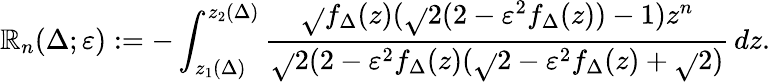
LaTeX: \mathbb{R}_{n}(\Delta;\varepsilon):=-\int_{z_{1}(\Delta)}^{z_{2}(\Delta)}\frac{{\sqrt{}{{f_{\Delta}(z)}}(\sqrt{}{{2(2-\varepsilon^{2}f_{\Delta}(z))}}-1)z^{n}}}{{\sqrt{}{{2(2-\varepsilon^{2}f_{\Delta}(z)}}(\sqrt{}{{2-\varepsilon^{2}f_{\Delta}(z)}}+\sqrt{}{2})}}\, dz.